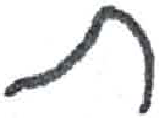
אות: ת